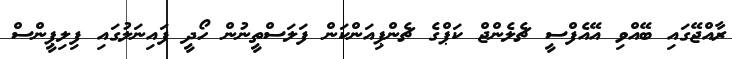
ރާއްޖޭގައި ބޭއްވި އޭއެފްސީ ޗެލެންޖް ކަޕްގެ ޗެންޕިއަންކަން ފަލަސްތީނުން ހޯދީ ފައިނަލުގައި ފިލިޕީންސް